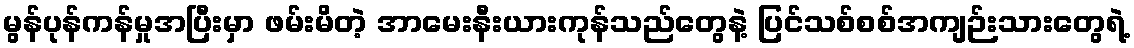
မွန်ပုန်ကန်မှုအပြီးမှာ ဖမ်းမိတဲ့ အာမေးနီးယားကုန်သည်တွေနဲ့ ပြင်သစ်စစ်အကျဉ်းသားတွေရဲ့